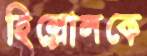
হিল্লোলকে